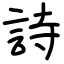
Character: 詩